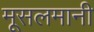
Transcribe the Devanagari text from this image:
मूसलमानी